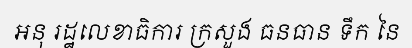
អនុ រដ្ឋលេខាធិការ ក្រសួង ធនធាន ទឹក នៃ